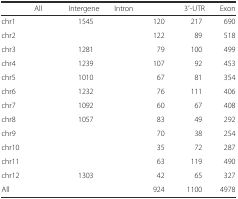
<table><thead><tr><td>[EMPTY_CELL]</td><td><b>All</b></td><td><b>Intergene</b></td><td><b>Intron</b></td><td>[EMPTY_CELL]</td><td><b>3′-UTR</b></td><td><b>Exon</b></td></tr></thead><tbody><tr><td>chr1</td><td>[EMPTY_CELL]</td><td>1545</td><td>[EMPTY_CELL]</td><td>120</td><td>217</td><td>690</td></tr><tr><td>chr2</td><td>[EMPTY_CELL]</td><td>[EMPTY_CELL]</td><td>[EMPTY_CELL]</td><td>122</td><td>89</td><td>518</td></tr><tr><td>chr3</td><td>[EMPTY_CELL]</td><td>1281</td><td>[EMPTY_CELL]</td><td>79</td><td>100</td><td>499</td></tr><tr><td>chr4</td><td>[EMPTY_CELL]</td><td>1239</td><td>[EMPTY_CELL]</td><td>107</td><td>92</td><td>453</td></tr><tr><td>chr5</td><td>[EMPTY_CELL]</td><td>1010</td><td>[EMPTY_CELL]</td><td>67</td><td>81</td><td>354</td></tr><tr><td>chr6</td><td>[EMPTY_CELL]</td><td>1232</td><td>[EMPTY_CELL]</td><td>76</td><td>111</td><td>406</td></tr><tr><td>chr7</td><td>[EMPTY_CELL]</td><td>1092</td><td>[EMPTY_CELL]</td><td>60</td><td>67</td><td>408</td></tr><tr><td>chr8</td><td>[EMPTY_CELL]</td><td>1057</td><td>[EMPTY_CELL]</td><td>83</td><td>49</td><td>292</td></tr><tr><td>chr9</td><td>[EMPTY_CELL]</td><td>[EMPTY_CELL]</td><td>[EMPTY_CELL]</td><td>70</td><td>38</td><td>254</td></tr><tr><td>chr10</td><td>[EMPTY_CELL]</td><td>[EMPTY_CELL]</td><td>[EMPTY_CELL]</td><td>35</td><td>72</td><td>287</td></tr><tr><td>chr11</td><td>[EMPTY_CELL]</td><td>[EMPTY_CELL]</td><td>[EMPTY_CELL]</td><td>63</td><td>119</td><td>490</td></tr><tr><td>chr12</td><td>[EMPTY_CELL]</td><td>1303</td><td>[EMPTY_CELL]</td><td>42</td><td>65</td><td>327</td></tr><tr><td>All</td><td>[EMPTY_CELL]</td><td>[EMPTY_CELL]</td><td>[EMPTY_CELL]</td><td>924</td><td>1100</td><td>4978</td></tr></tbody></table>